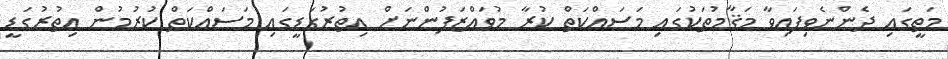
މަތީގައި ދެންނެވިފައިވާ މަޤާމުތަކުގައި މަސައްކަތް ކުރާ މުވައްޒަފުންނަށް އިތުރުގަޑީގައި މަސައްކަތް ކުރުމުން އިތުރުގަޑީ